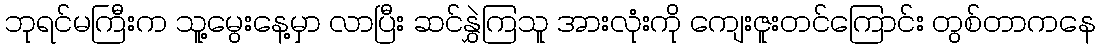
ဘုရင်မကြီးက သူ့မွေးနေ့မှာ လာပြီး ဆင်နွှဲကြသူ အားလုံးကို ကျေးဇူးတင်ကြောင်း တွစ်တာကနေ